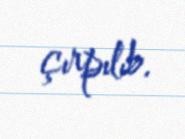
çırpılıb.